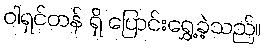
ဝါရှင်တန် ရှိ ပြောင်းရွှေ့ခဲ့သည်။